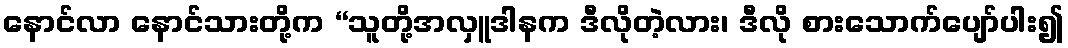
နောင်လာ နောင်သားတို့က “သူတို့အလှူဒါနက ဒီလိုတဲ့လား၊ ဒီလို စားသောက်ပျော်ပါး၍